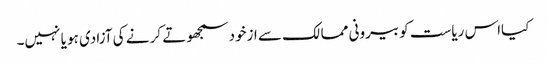
کیااس ریاست کو بیرونی ممالک سے ازخود سمجھوتے کر نے کی آزادی ہو یا نہیں۔